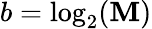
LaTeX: b=\log_{2}(\mathbf{M})